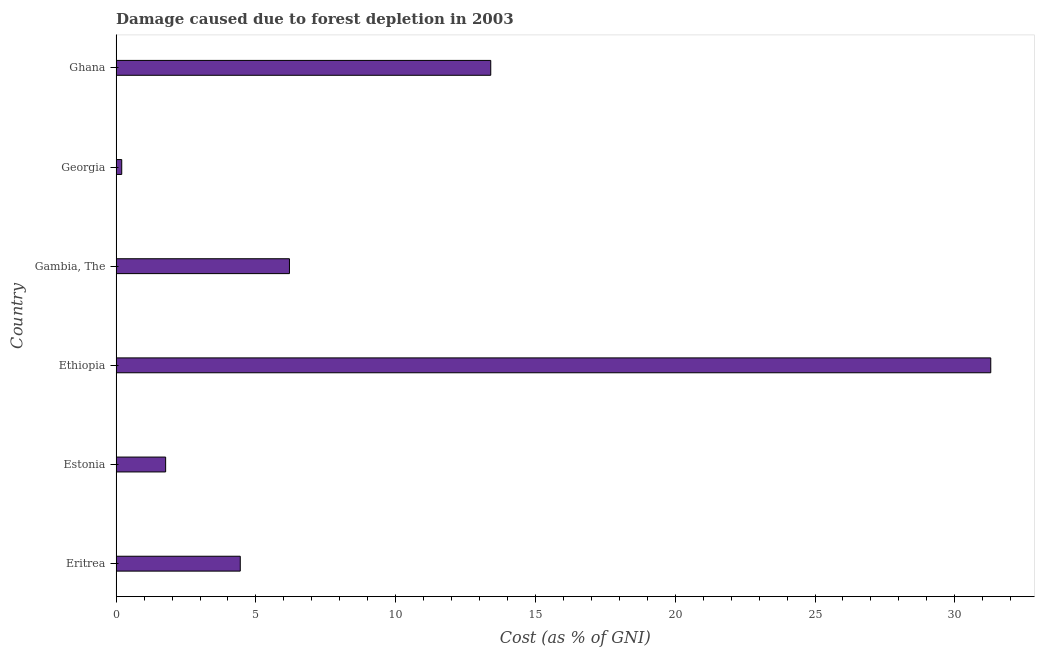
| Country | net forest depletion |
 | --- | --- |
 | Eritrea | 4.44 |
 | Estonia | 1.77 |
 | Ethiopia | 31.3 |
 | Gambia, The | 6.2 |
 | Georgia | 0.201 |
 | Ghana | 13.4 |